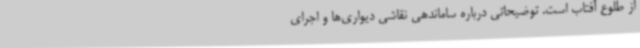
از طلوع آفتاب است. توضیحاتی درباره ساماندهی نقاشی دیواری‌ها و اجرای